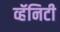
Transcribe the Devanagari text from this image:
व्हॅनिटी